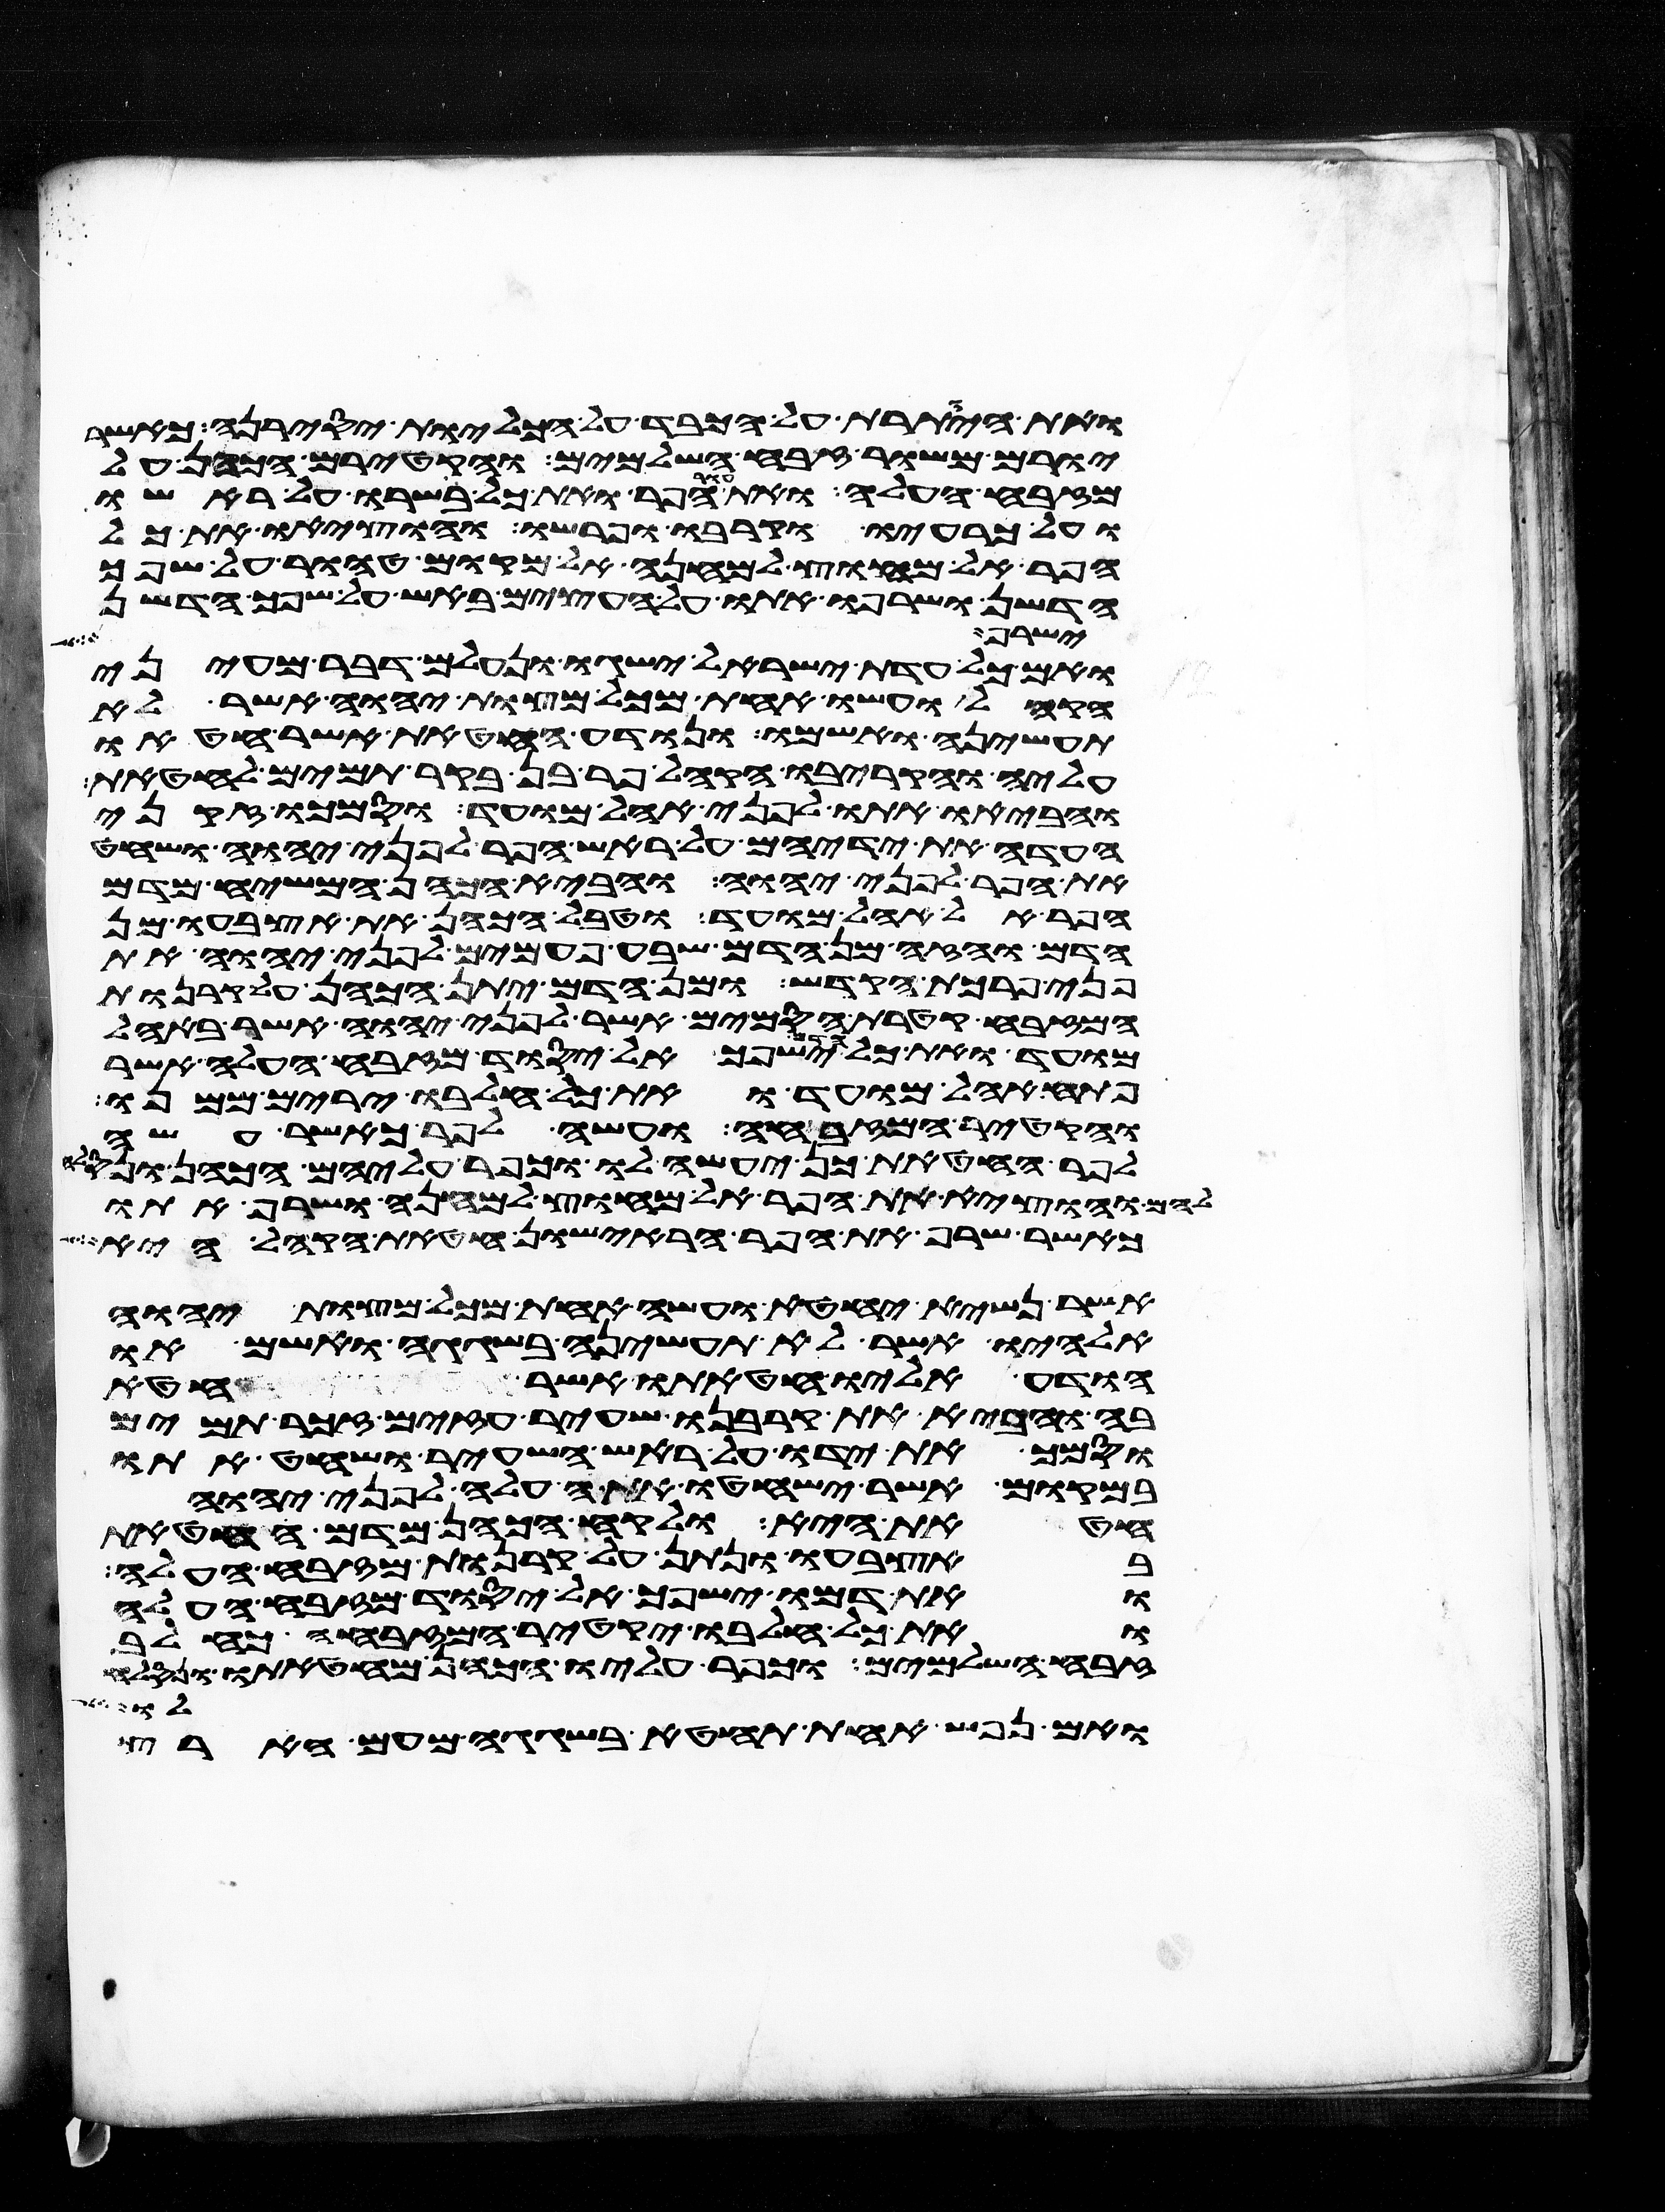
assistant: ואת היותרת על הכבד על הכליות יסירנה כאשר
יורם משור זבח השלמים והקטירם הכהן על
מזבח העלה ואת עור הפר ואת כל בשרו על ראשו
ועל כרעיו וקרבו ופרשו והוציאו את כל
הפר אל מחוץ למחנה אל מקום טהור על שפך
הדשן ושרפו אתו על העצים באש על שפך הדשן
ישרף הבשר
ואם כל עדת ישראל ישגו ונעלם דבר מעיני
הקהל ועשו אחת מכל מצות יהוה אשר לא
תעשיהן ואשמו ונודע החטאת אשר חטאו
עליה והקריבו הקהל פר בן בקר תמים לחטאת
והביאו אתו לפני אהל מועד וסמכו זקני
העדה את ידיהם על ראש הפר לפני יהוה ושחט
את הפר לפני יהוה והביא הכהן המשיח מדם
הפר אל אהל מועד וטבל הכהן את אצבעו מן
הדם והזה מן הדם שבע פעמים לפני יהוה את
פני פרכת הקדש ומן הדם יתן הכהן על קרנות
המזבח קטרת הסמים אשר לפני יהוה אשר באהל
מועד ואת כל הדם ישפך אל יסוד מזבח העלה אשר
פתח אהל מועד ואת כל חלבו ירים ממנו
והקטיר המזבחה ועשה לפר כאשר עשה
לפר החטאת כן יעשה לו וכפר עליהם הכהן ונסלח
להם והוציא את הפר אל מחוץ למחנה ושרף אתו
כאשר שרף את הפר הראישון חטאת הקהל היא
אשר נשיא יחטא ועשה אחת מכל מצות יהוה
אלהיו אשר לא תעשיהן בשגגה ואשם או
הודע אליו חטאתו אשר חטא
בה והביא את קרבנו שעיר עזים זכר תמים
וסמך את ידו על ראש השעיר ושחט אתו
במקום אשר ישחטו את העלה לפני יהוה
חטאת היא ולקח הכהן מדם החטאת
באצבעו ונתן על קרנות מזבח העלה
ואת דמו ישפך אל יסוד מזבח העלה
ואת כל חלבו יקטיר המזבחה כחלב
זבח השלמים וכפר עליו הכהן מחטאתו ונסלח
לו
ואם נפש אחת תחטא בשגגה מעם הארץ